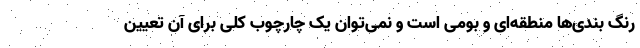
رنگ بندی‌ها منطقه‌ای و بومی است و نمی‌توان یک چارچوب کلی برای آن تعیین